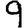
Digit: 9